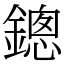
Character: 鏓